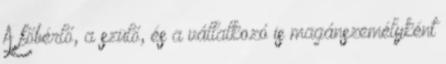
A főbérlő, a szülő, és a vállalkozó is magánszemélyként